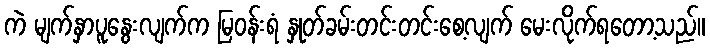
ကဲ မျက်နှာပူနွေးလျက်က မြဝန်းရံ နှုတ်ခမ်းတင်းတင်းစေ့လျက် မေးလိုက်ရတော့သည်။